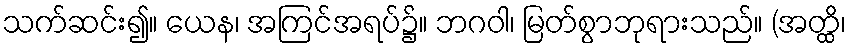
သက်ဆင်း၍။ ယေန၊ အကြင်အရပ်၌။ ဘဂဝါ၊ မြတ်စွာဘုရားသည်။ (အတ္ထိ၊